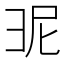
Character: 𭛎